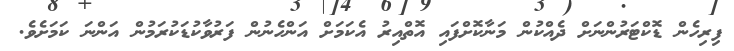
ފިރިހެން ޑޮކްޓަރުންނަށް ދެއްކުން މަނާކޮށްފައި އޮތްއިރު އެކަމަށް އަންހެނުން ފަރުވާކުޑަކުރަމުން އަންނަ ކަމަށެވެ.